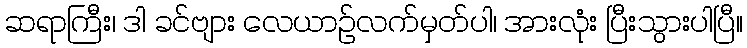
ဆရာကြီး၊ ဒါ ခင်ဗျား လေယာဉ်လက်မှတ်ပါ၊ အားလုံး ပြီးသွားပါပြီ။